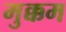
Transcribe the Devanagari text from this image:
मुक्कम